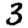
Digit: 3